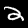
Digit: 2